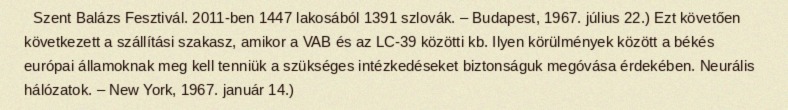
Szent Balázs Fesztivál. 2011-ben 1447 lakosából 1391 szlovák. – Budapest, 1967. július 22.) Ezt követően következett a szállítási szakasz, amikor a VAB és az LC-39 közötti kb. Ilyen körülmények között a békés európai államoknak meg kell tenniük a szükséges intézkedéseket biztonságuk megóvása érdekében. Neurális hálózatok. – New York, 1967. január 14.)